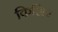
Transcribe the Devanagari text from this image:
किशिर